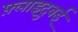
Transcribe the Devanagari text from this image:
फ़्लाइदुबई